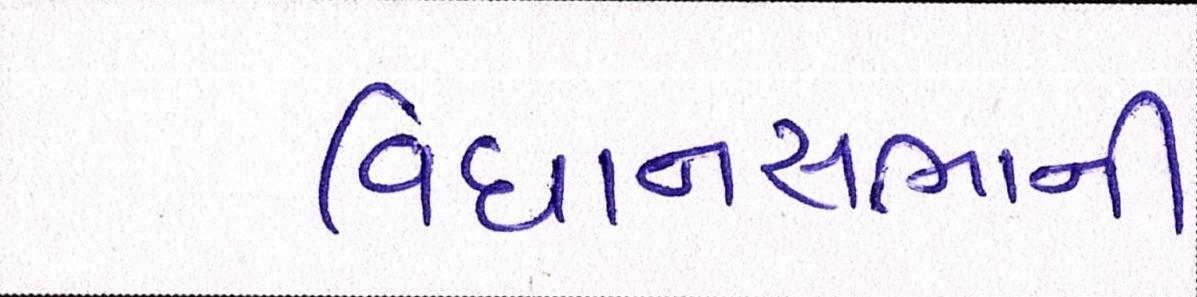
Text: વિધાનસભાની